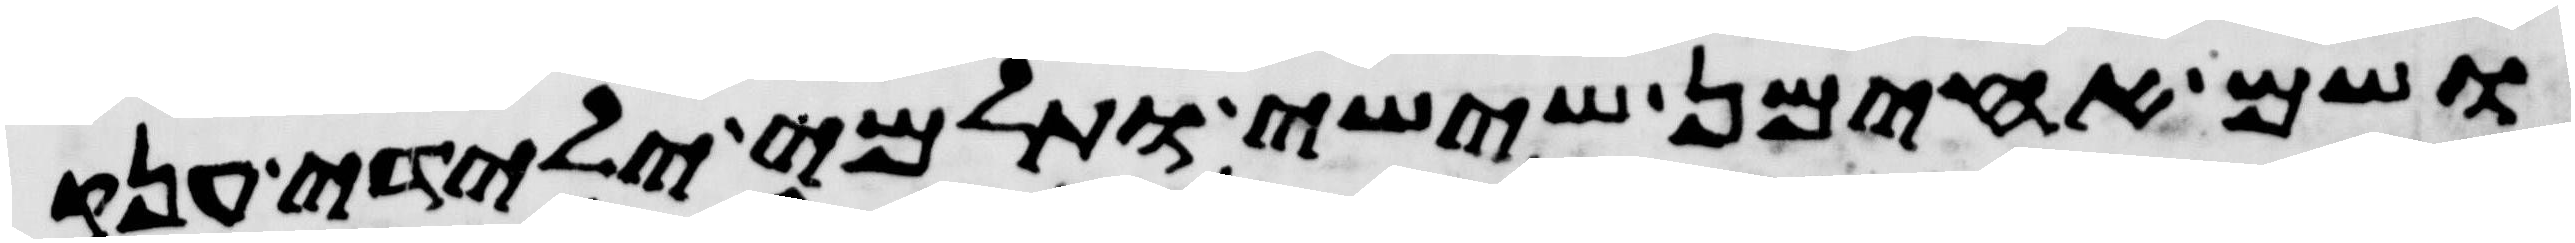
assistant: ושם אחימן ששי ותלמי ילידי ענק